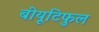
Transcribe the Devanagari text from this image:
बीयूटिफुल